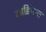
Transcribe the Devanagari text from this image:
कार्डिगन्स